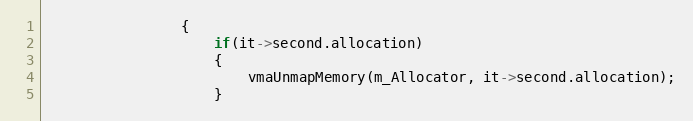
Language: C++
                {
                    if(it->second.allocation)
                    {
                        vmaUnmapMemory(m_Allocator, it->second.allocation);
                    }